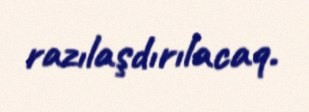
razılaşdırılacaq.